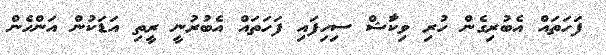
ފަހަތައް އެބުރިގެން ހުރި ވިކާަޝް ސިހިފައި ފަހަތައް އެބުރުނީ ރީތި އަޑަކުން އަންހެން